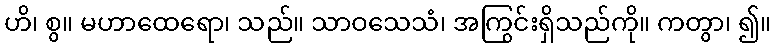
ဟိ၊ စွ။ မဟာထေရော၊ သည်။ သာဝသေသံ၊ အကြွင်းရှိသည်ကို။ ကတွာ၊ ၍။